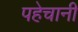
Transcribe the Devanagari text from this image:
पहेचानी